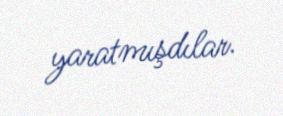
yaratmışdılar.